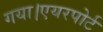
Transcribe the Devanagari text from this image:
गया।एयरपोर्ट